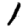
Digit: 1